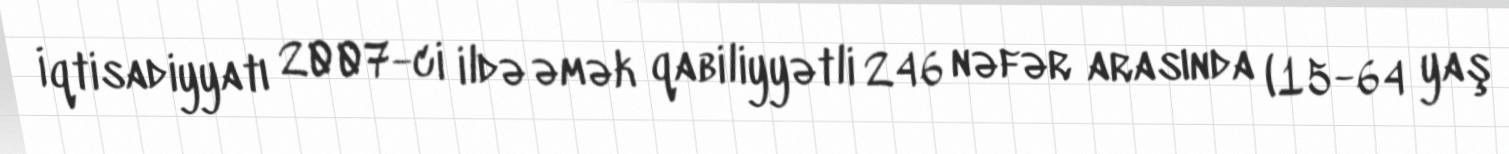
İqtisadiyyatı 2007-ci ildə əmək qabiliyyətli 246 nəfər arasında (15-64 yaş